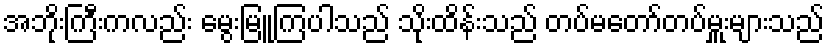
အဘိုးကြီးကလည်း မွေးမြူကြပါသည် သိုးထိန်းသည် တပ်မတော်တပ်မှူးများသည်